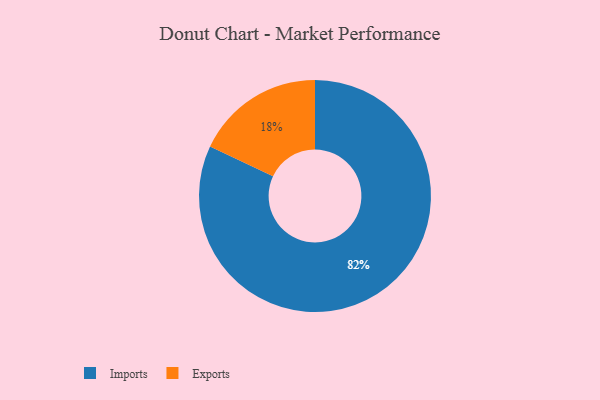
{"axis": {"x": "Category", "y": "Percentage"}, "legend": ["Exports", "Imports"], "data": [{"x": "Imports", "y": 82, "type": "Imports"}, {"x": "Exports", "y": 18, "type": "Exports"}]}